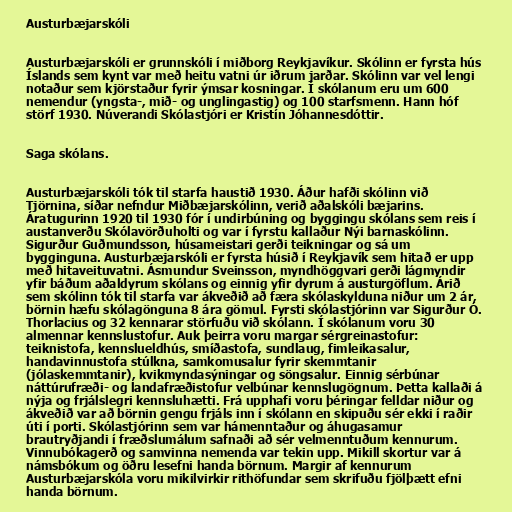
Austurbæjarskóli

Austurbæjarskóli er grunnskóli í miðborg Reykjavíkur. Skólinn er fyrsta hús
Íslands sem kynt var með heitu vatni úr iðrum jarðar. Skólinn var vel lengi
notaður sem kjörstaður fyrir ýmsar kosningar. Í skólanum eru um 600
nemendur (yngsta-, mið- og unglingastig) og 100 starfsmenn. Hann hóf
störf 1930. Núverandi Skólastjóri er Kristín Jóhannesdóttir.

Saga skólans.

Austurbæjarskóli tók til starfa haustið 1930. Áður hafði skólinn við
Tjörnina, síðar nefndur Miðbæjarskólinn, verið aðalskóli bæjarins.
Áratugurinn 1920 til 1930 fór í undirbúning og byggingu skólans sem reis í
austanverðu Skólavörðuholti og var í fyrstu kallaður Nýi barnaskólinn.
Sigurður Guðmundsson, húsameistari gerði teikningar og sá um
bygginguna. Austurbæjarskóli er fyrsta húsið í Reykjavík sem hitað er upp
með hitaveituvatni. Ásmundur Sveinsson, myndhöggvari gerði lágmyndir
yfir báðum aðaldyrum skólans og einnig yfir dyrum á austurgöflum. Árið
sem skólinn tók til starfa var ákveðið að færa skólaskylduna niður um 2 ár,
börnin hæfu skólagönguna 8 ára gömul. Fyrsti skólastjórinn var Sigurður Ó.
Thorlacius og 32 kennarar störfuðu við skólann. Í skólanum voru 30
almennar kennslustofur. Auk þeirra voru margar sérgreinastofur:
teiknistofa, kennslueldhús, smíðastofa, sundlaug, fimleikasalur,
handavinnustofa stúlkna, samkomusalur fyrir skemmtanir
(jólaskemmtanir), kvikmyndasýningar og söngsalur. Einnig sérbúnar
náttúrufræði- og landafræðistofur velbúnar kennslugögnum. Þetta kallaði á
nýja og frjálslegri kennsluhætti. Frá upphafi voru þéringar felldar niður og
ákveðið var að börnin gengu frjáls inn í skólann en skipuðu sér ekki í raðir
úti í porti. Skólastjórinn sem var hámenntaður og áhugasamur
brautryðjandi í fræðslumálum safnaði að sér velmenntuðum kennurum.
Vinnubókagerð og samvinna nemenda var tekin upp. Mikill skortur var á
námsbókum og öðru lesefni handa börnum. Margir af kennurum
Austurbæjarskóla voru mikilvirkir rithöfundar sem skrifuðu fjölþætt efni
handa börnum.